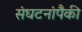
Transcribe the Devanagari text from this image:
संघटनांपैकी